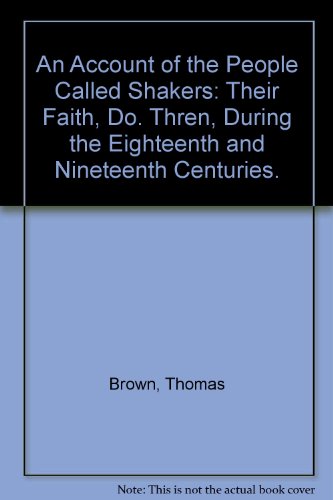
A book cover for An Account of the People Called Shakers: Their Faith, Do. Thren, During the Eighteenth and Nineteenth Centuries. (Communal societies in America); Thomas Brown; Christian Books & Bibles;